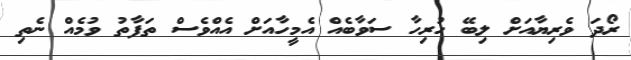
ރޯދަ ވެރިޔާއަށް ލިބޭ ހުރިހާ ސަވާބެއް އެމީހާއަށް އެއްވެސް ތަފާތު ވުމެއް ނެތި